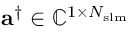
\mathbf { a } ^ { \dag } \in \mathbb { C } ^ { 1 \times N _ { \mathrm { { s l m } } } }